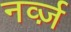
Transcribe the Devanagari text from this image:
नर्व्ज़